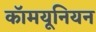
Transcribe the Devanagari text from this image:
कॉमयूनियन